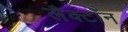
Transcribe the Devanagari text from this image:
लैक्टॉन